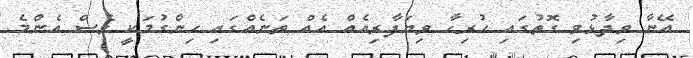
އޭނާ ވިދާޅުވި ގޮތުގައި ހުރިހާ ވިޔަފާރިއެއް އެއް ތަނެއްގައި ހިންގުމަކީ ވެސް އެންމެ